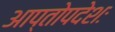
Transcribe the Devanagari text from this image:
आप्तोपदेशः